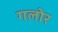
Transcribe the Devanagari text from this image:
गलोर